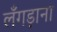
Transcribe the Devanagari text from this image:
लँगड़ाना